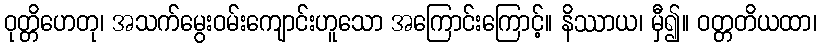
ဝုတ္တိဟေတု၊ အသက်မွေးဝမ်းကျောင်းဟူသော အကြောင်းကြောင့်။ နိဿာယ၊ မှီ၍။ ဝတ္တတိယထာ၊